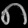
Digit: ၈